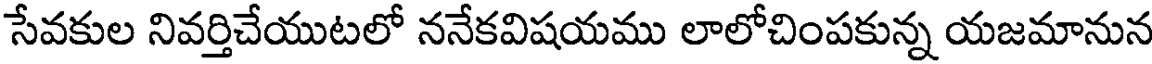
సేవకుల నివర్తిచేయుటలో ననేకవిషయము లాలోచింపకున్న యజమానున